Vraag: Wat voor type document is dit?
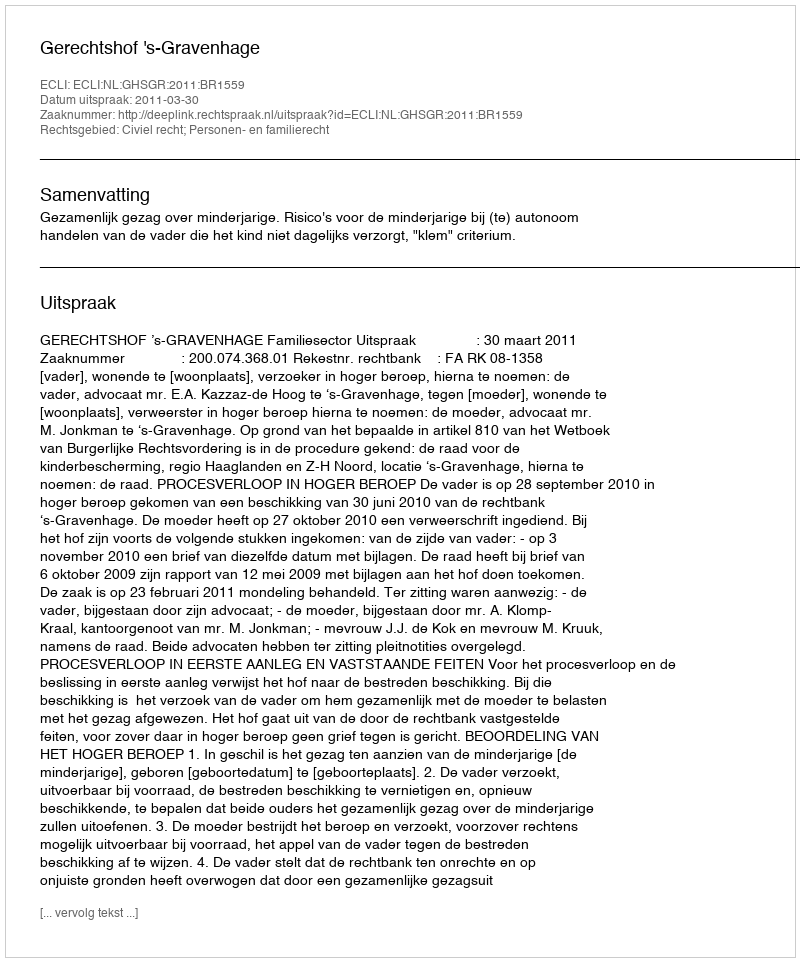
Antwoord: Uitspraak